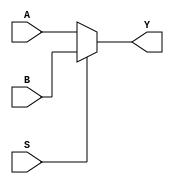
module four_bit_mux(Y, A, B, S); // define the module

    output reg [3:0] Y; 
    // declare the output as reg because of the 
                // always block
    input wire [3:0] A, B; // these inputs are 4 bit
    input wire S; // this input is 1 bit, select
    
    always @(A or B or S)
        begin // block
            if (S == 1'b0) // comparison, use 2 equals
                Y = A;
            else
                Y = B;
        end // end the block
        
endmodule